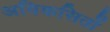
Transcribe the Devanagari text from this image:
अविकसितों